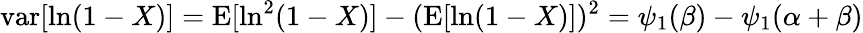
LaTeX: \operatorname{var}[\ln(1-X)]=\operatorname{E}[\ln^{2}(1-X)]-(\operatorname{E}[\ln(1-X)])^{2}=\psi_{1}(\beta)-\psi_{1}(\alpha+\beta)